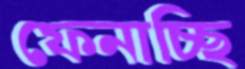
ফেনাচ্ছি